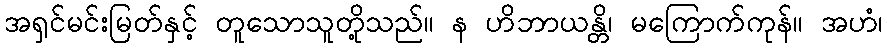
အရှင်မင်းမြတ်နှင့် တူသောသူတို့သည်။ န ဟိဘာယန္တိ၊ မကြောက်ကုန်။ အဟံ၊